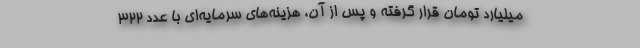
میلیارد تومان قرار گرفته و پس از آن، هزینه‌های سرمایه‌ای با عدد ۳۲۲